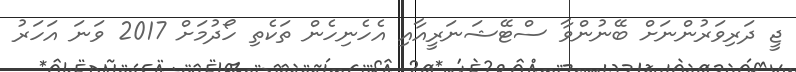
ޖީ ދަރިވަރުންނަށް ބޭނުންވާ ސްޓޭޝަނަރީއާއި އެހެނިހެން ތަކެތި ހޯދުމަށް 2017 ވަނަ އަހަރު